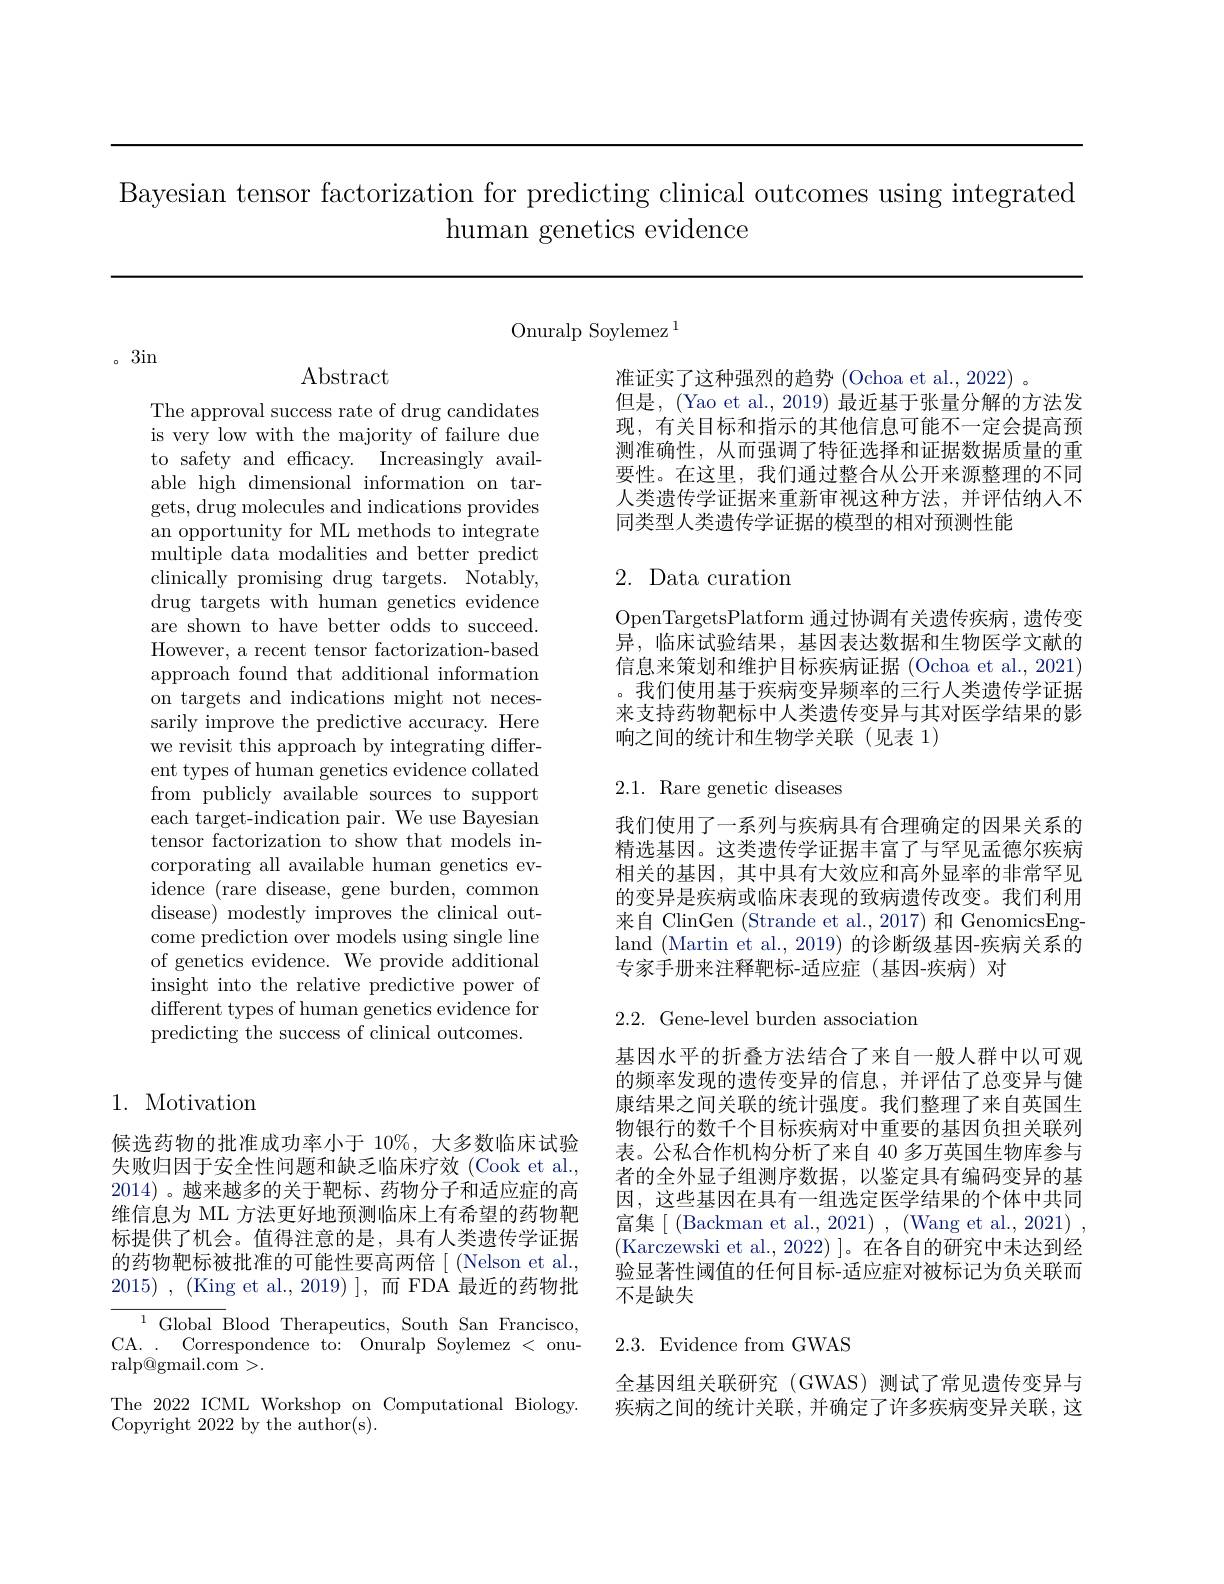
Bayesian tensor factorization for predicting clinical outcomes using integrated
human genetics evidence

Onuralp Soylemez $^{1}$

。3in

Abstract

The approval success rate of drug candidates is very low with the majority of failure due to safety and efficacy. Increasingly available high dimensional information on targets, drug molecules and indications provides an opportunity for ML methods to integrate multiple data modalities and better predict clinically promising drug targets. Notably, drug targets with human genetics evidence are shown to have better odds to succeed. However, a recent tensor factorization-based approach found that additional information on targets and indications might not necessarily improve the predictive accuracy. Here we revisit this approach by integrating different types of human genetics evidence collated from publicly available sources to support each target-indication pair. We use Bayesian tensor factorization to show that models incorporating all available human genetics evidence ( rare disease, gene burden, common disease) modestly improves the clinical outcome prediction over models using single line of genetics evidence. We provide additional insight into the relative predictive power of different types of human genetics evidence for predicting the success of clinical outcomes.

## 1. Motivation

候选药物的批准成功率小于 10%, 大多数临床试验失败归因于安全性问题和缺乏临床疗效(Cook et al., 2014)。越来越多的关于靶标、药物分子和适应症的高维信息为 ML 方法更好地预测临床上有希望的药物靶标提供了机会。值得注意的是，具有人类遗传学证据的药物靶标被批准的可能性要高两倍[(Nelson et al., 2015) , (King et al.,2019) ],而 FDA 最近的药物批
${\overline{{^{1}{\mathrm{~Global~B}}}}}$lood Therapeutics, South San Francisco, CA. . Correspondence to: Onuralp Soylemez < onu- $\operatorname{ralp@gmail.com}>.$
The 2022 ICML Workshop on Computational Biology.
Copyright 2022 by the author(s).

准证实了这种强烈的趋势 (Ochoa et al., 2022) 。
但是，(Yao et al., 2019) 最近基于张量分解的方法发现，有关目标和指示的其他信息可能不一定会提高预测准确性，从而强调了特征选择和证据数据质量的重要性。在这里，我们通过整合从公开来源整理的不同人类遗传学证据来重新审视这种方法，并评估纳人不同类型人类遗传学证据的模型的相对预测性能

## 2. Data curation

OpenTargetsPlatform 通过协调有关遗传疾病，遗传变异，临床试验结果，基因表达数据和生物医学文献的信息来策划和维护目标疾病证据 (Ochoa et al., 2021) 。我们使用基于疾病变异频率的三行人类遗传学证据来支持药物靶标中人类遗传变异与其对医学结果的影响之间的统计和生物学关联(见表 1)

2.1. Rare genetic diseases

我们使用了一系列与疾病具有合理确定的因果关系的精选基因。这类遗传学证据丰富了与罕见孟德尔疾病相关的基因，其中具有大效应和高外显率的非常罕见的变异是疾病或临床表现的致病遗传改变。我们利用来自 ClinGen (Strande et al., 2017) 和 GenomicsEngland (Martin et al., 2019) 的诊断级基因-疾病关系的专家手册来注释靶标-适应症(基因-疾病)对

2.2.Gene-level burden association

基因水平的折叠方法结合了来自一般人群中以可观的频率发现的遗传变异的信息，并评估了总变异与健康结果之间关联的统计强度。我们整理了来自英国生物银行的数千个目标疾病对中重要的基因负担关联列表。公私合作机构分析了来自 40 多万英国生物库参与者的全外显子组测序数据，以鉴定具有编码变异的基因，这些基因在具有一组选定医学结果的个体中共同富集[(Backman et al., 2021),(Wang et al., 2021), (Karczewski et al.,2022) ]。在各自的研究中未达到经验显著性阈值的任何目标-适应症对被标记为负关联而不是缺失

### 2.3.Evidence from GWAS

全基因组关联研究(GWAS)测试了常见遗传变异与疾病之间的统计关联，并确定了许多疾病变异关联，这